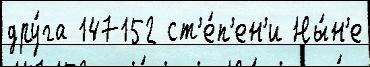
дру́га 147152 ст'е́п'ен'и Ны́н'е